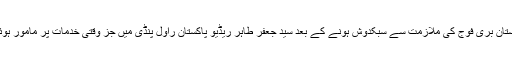
پاکستان بری فوج کی ملازمت سے سبکدوش ہونے کے بعد سید جعفر طاہر ریڈیو پاکستان راول پنڈی میں جز وقتی خدمات پر مامور ہوئے۔